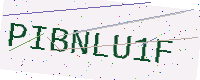
Text: PIBNLU1F